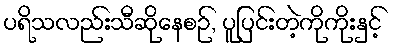
ပရိသလည်းသီဆိုနေစဉ်, ပူပြင်းတဲ့ကိုကိုးနှင့်